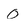
Character: 0